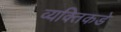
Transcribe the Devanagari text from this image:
व्यक्तिकडे